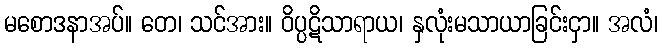
မစောဒနာအပ်။ တေ၊ သင်အား။ ဝိပ္ပဋိသာရာယ၊ နှလုံးမသာယာခြင်းငှာ။ အလံ၊